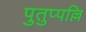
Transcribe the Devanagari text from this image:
पुतुप्पल्लि